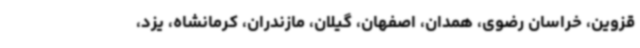
قزوین، خراسان رضوی، همدان، اصفهان، گیلان، مازندران، کرمانشاه، یزد،